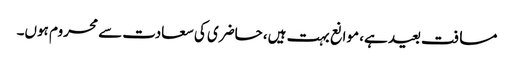
مسافت بعید ہے، موانع بہت ہیں، حاضری کی سعادت سے محروم ہوں۔